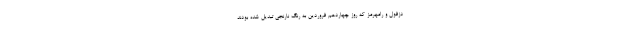
دزفول و رامهرمز که روز چهاردهم فروردین به رنگ نارنجی تبدیل شده بودند